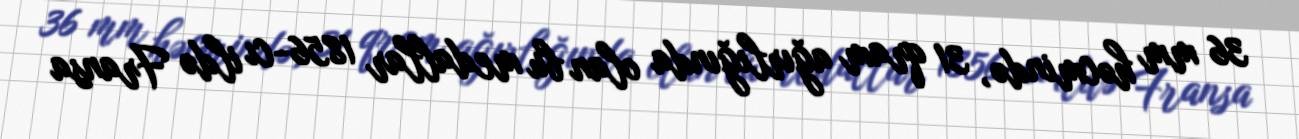
36 mm həcmində, 31 qram ağırlığında olan bu medallar 1856-cı ildə Fransa